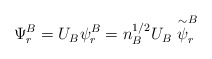
\begin{align*}\Psi_r^B = U_B {\psi}_r^B = n_B^{1/2} U_B \stackrel{\sim}{\psi}_r^B\end{align*}